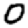
Digit: 0